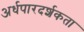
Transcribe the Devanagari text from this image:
अर्धपारदर्शकता